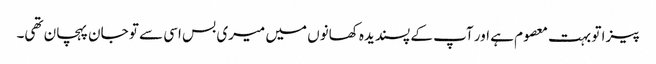
پیزا تو بہت معصوم ہے اور آپ کے پسندیدہ کھانوں میں میری بس اسی سے تو جان پہچان تھی۔